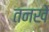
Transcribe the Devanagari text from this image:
तनखे